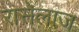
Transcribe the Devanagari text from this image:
रासेलाज